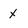
Character: X